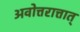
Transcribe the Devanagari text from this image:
अवोत्तरात्तात्